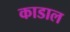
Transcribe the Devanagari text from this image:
काडाल